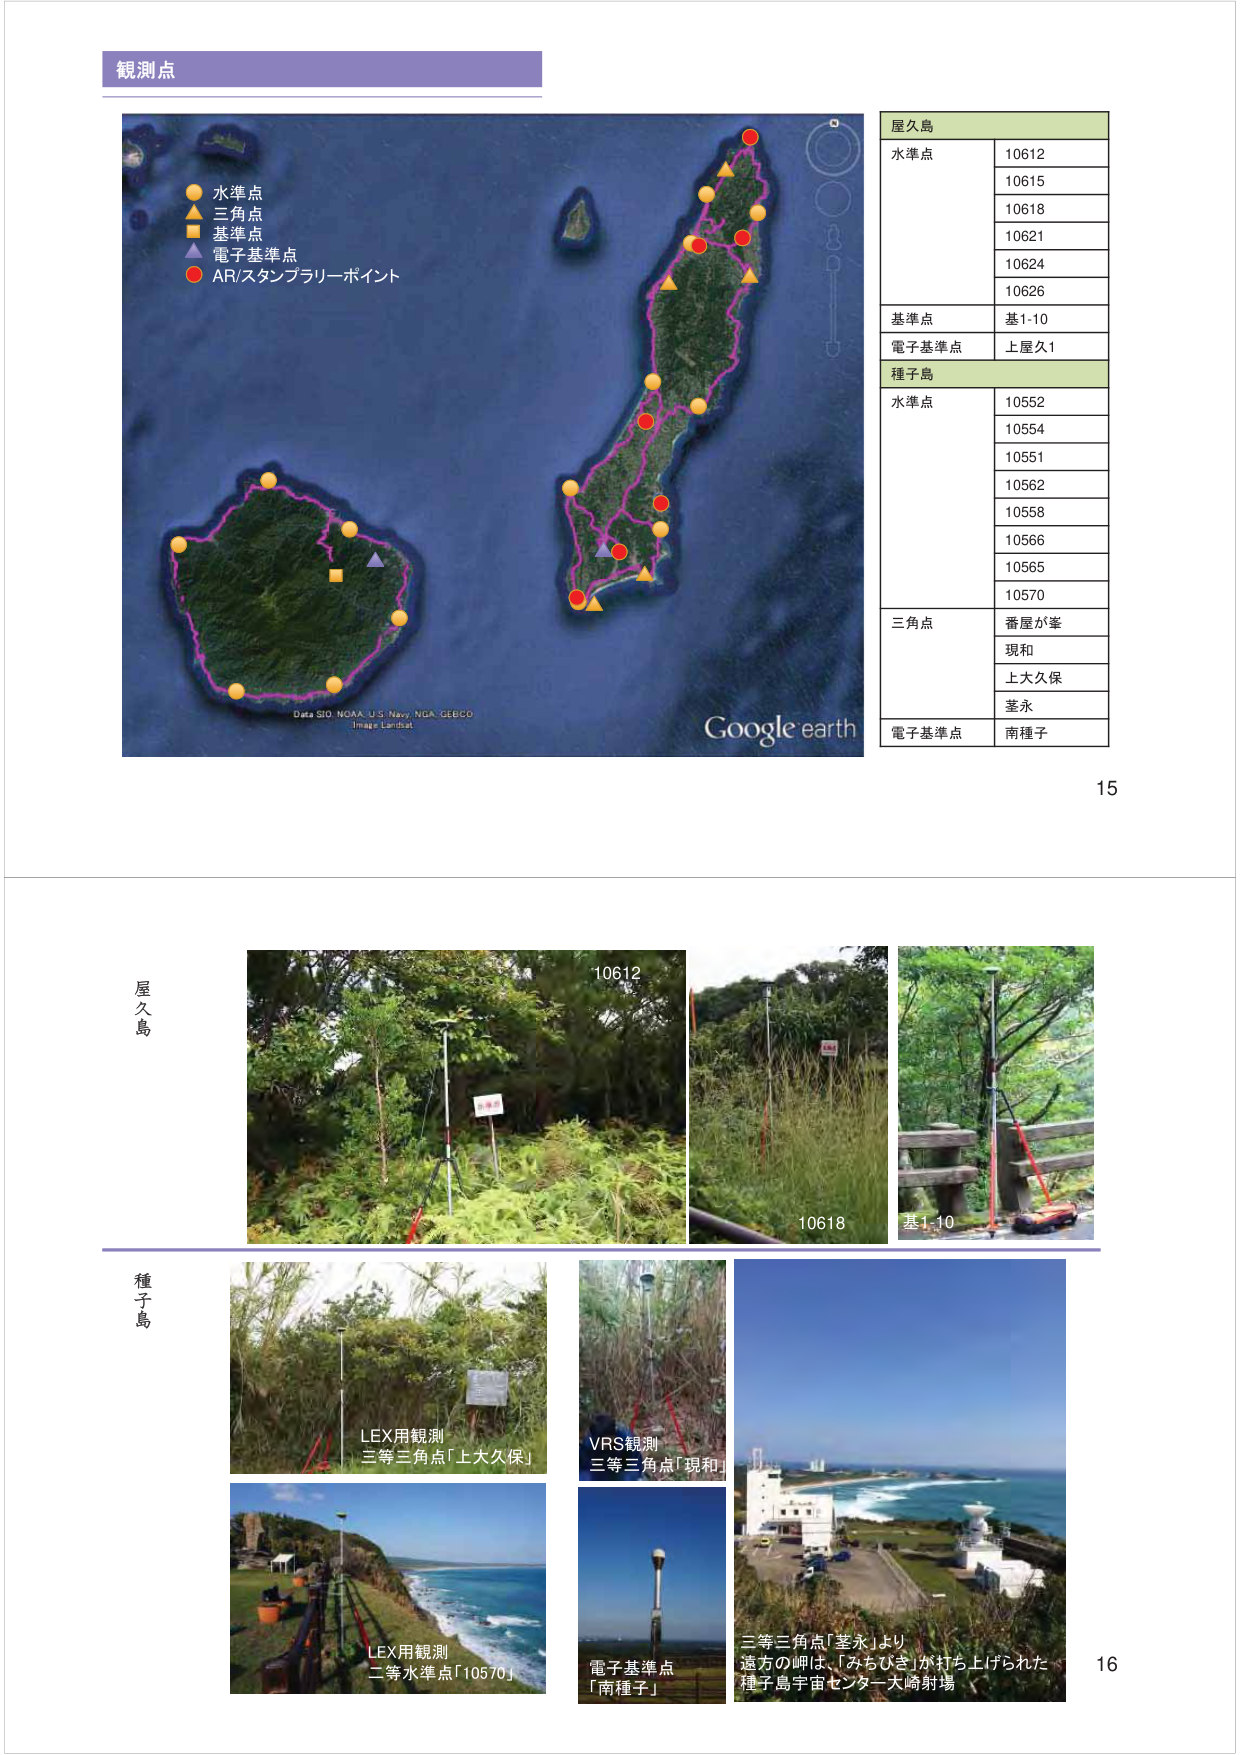
観測点

水準点
三角点
基準点
電子基準点
AR/スタンプラリーポイント

屋久島
水準点
10612
10615
10618
10621
10624
10626
基準点
基1-10
電子基準点
上屋久1

種子島
水準点
10552
10554
10551
10562
10558
10566
10565
10570
三角点
番屋が峯
現和
上大久保
茎永
電子基準点
南種子

Data SIO NOAA U.S. Navy NGA GEBCO
Image Landsat
Google earth

15

屋久島
10612
10618
基1-10

種子島
LEX用観測
三等三角点「上大久保」
VRS観測
三等三角点「現和」
LEX用観測
二等水準点「10570」
電子基準点
「南種子」
三等三角点「茎永」より
遠方の岬は、「みちひき」が打ち上げられた
種子島宇宙センター大崎射場

16